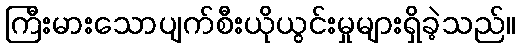
ကြီးမားသောပျက်စီးယိုယွင်းမှုများရှိခဲ့သည်။